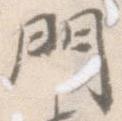
門